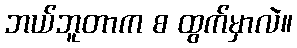
ဘယ်ဘူတာက စ ထွက်မှာလဲ။